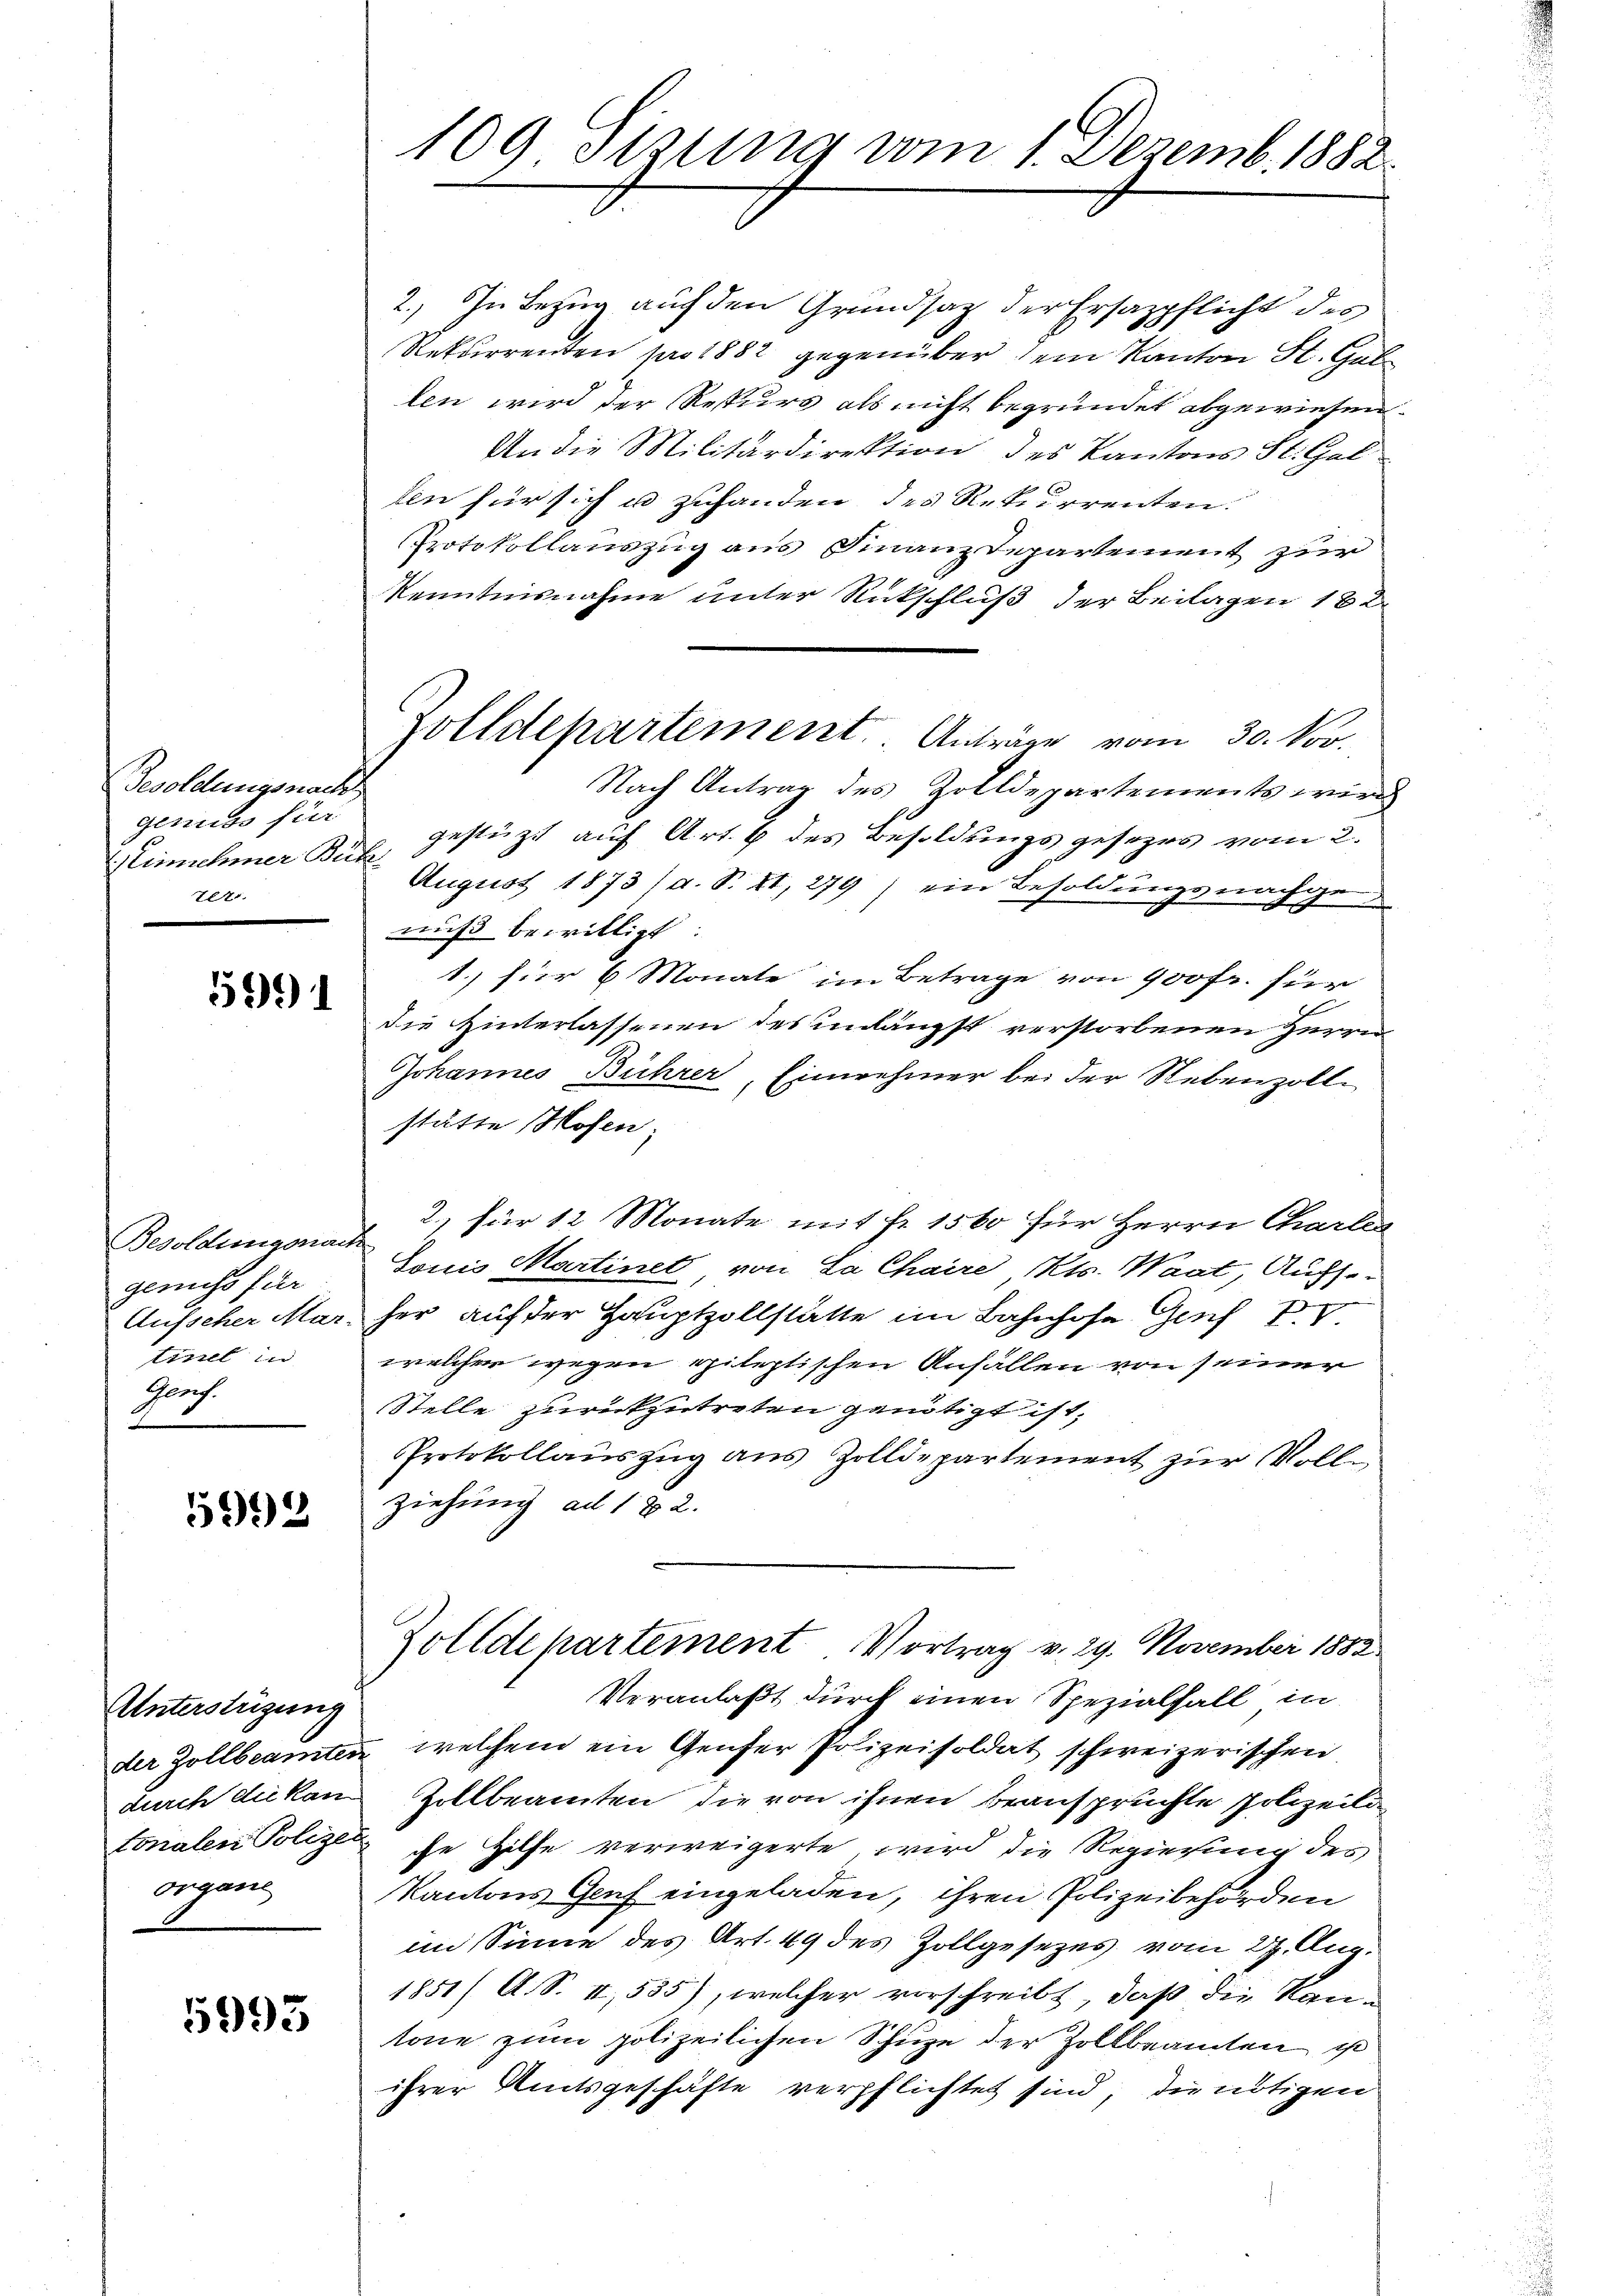
Besoldungsnach
genuss für
Einnehmer Buch.
te

56)

Besoldungsnac
genuss für
Aufseher Mar-
tinel in
Gonf.

5992

Unterstüzung
durch die Kan
Organe

5993

109 Sizung vom 1. Dezemb. 1882.

Zolldepartement. Anträge vom 30. Nov.

2.) In Bezug auf den Grundsatz der Ersazpflicht des
Rekurrenten pro 1882 gegenüber sein Kanton St. Gal
len wird der Rekurs als nicht begründet abgewiesen.
An die Militärdirektion des Kantons St. Gal
ln für sich u zuhanden des Rekurrenten.
Protokollauszug aus Finanzdepartement zur
Kenntnisnahme unter Rückschluß der Beilagen 182
Nach Antrag des Zolldepartements wird
gestützt auf Art. 9 des Besoldungsgesetzes vom 2.
August 1873 /d. S. II, 279) ein Besoldungsnachge
nuß bewilligt.
1.) für 6 Monate im Betrage von 900 fr. für
die Hinterlassenen des unlängst verstorbenen Herrn
Johannes Bührer, Einnehmer bei der Nebenzolle
stätte Mosen;
2.) für 12 Monate mit fr. 1560 für Herrn Charle
tonis Martinet von La Chaire, Kts. Waat, Aufze
her auf der Hauptzollstatte im Bahnhofe Gesch
welcher wegen pileptischen Anfallen von seiner
Stelle zurückzutreten genötigt ist,
Protokollauszug aus Zolldepartement zur Vollziehung ad 182.
Zolldepartement Vortrag v. 29. November 1882
Veranlaßt durch einen Spezialfall in
der Zollbeamten, welchem ein Genfer Polizeisoldat schweizerischen
Zollbeamten die von ihnen beanspruchte Polizeili
tonalen Polize che Hilfe verweigerte, wird die Regierung des
Kantons Genf eingeladen, ihren Polizeibehörden
im Sinne des Art. 49 des Zollgesezes vom 27. Aug.
1851/ A. S. II, 535), welcher vorschreibt, daß die Kantone zum polizeilichen Schuze der Zollbeamten ist
ihrer Amtsgeschäfte verpflichtet sind, die nötigen